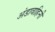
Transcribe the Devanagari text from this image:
अंडावाहिनी